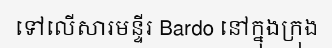
ទៅលើសារមន្ទីរ Bardo នៅក្នុងក្រុង